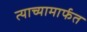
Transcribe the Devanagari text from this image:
त्याच्यामार्फत